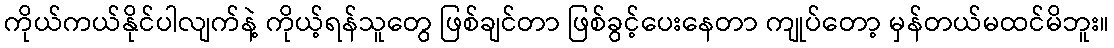
ကိုယ်ကယ်နိုင်ပါလျက်နဲ့ ကိုယ့်ရန်သူတွေ ဖြစ်ချင်တာ ဖြစ်ခွင့်ပေးနေတာ ကျုပ်တော့ မှန်တယ်မထင်မိဘူး။